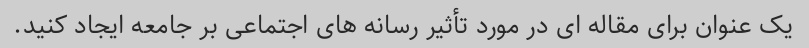
یک عنوان برای مقاله ای در مورد تأثیر رسانه های اجتماعی بر جامعه ایجاد کنید.